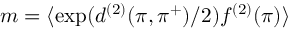
m = \langle \exp ( d ^ { ( 2 ) } ( \pi , \pi ^ { + } ) / 2 ) f ^ { ( 2 ) } ( \pi ) \rangle